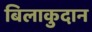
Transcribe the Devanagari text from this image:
बिलाकुदान